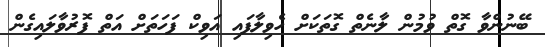
ބޭނުންވާ ގޮތް ވުމުން ލާނެތް ގޮތަކަށް ހެވިލާފައި އަވިކް ފަހަތަށް އަތް ފޮރުވާލައިގެން